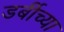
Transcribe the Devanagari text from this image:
डर्बीच्या